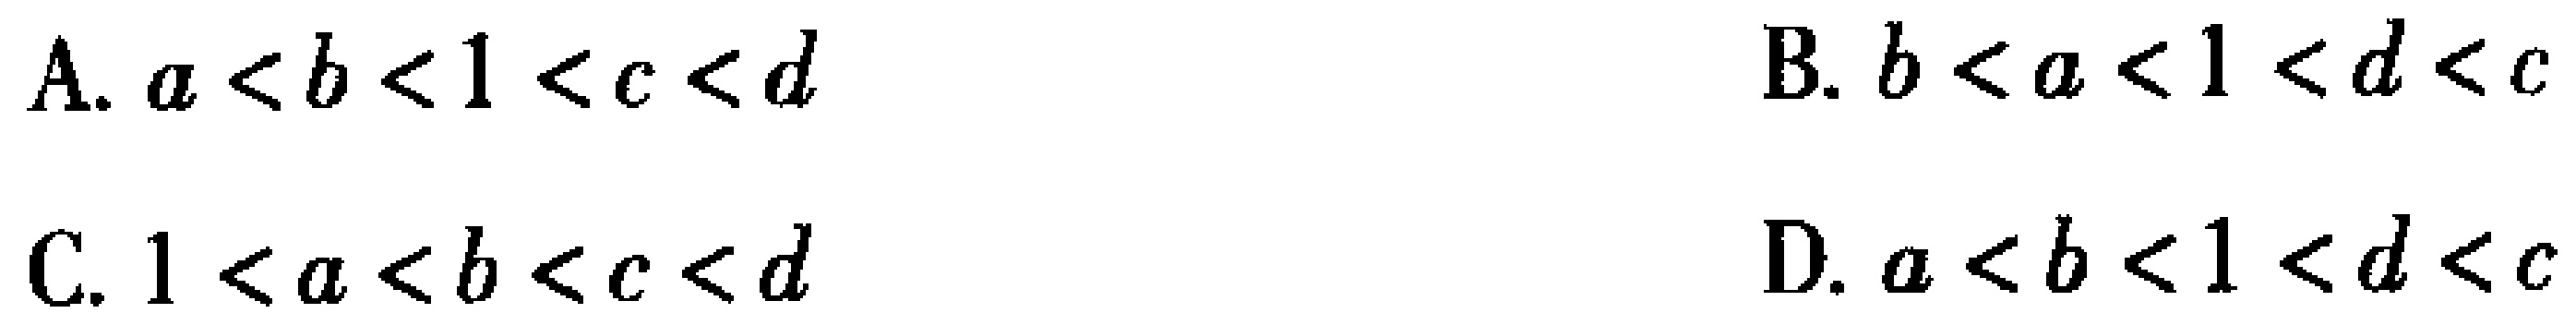
A. \(a < b < 1 < c < d\)

B. \(b < a < 1 < d < c\)

C. \(1 < a < b < c < d\)

D. \(a < b < 1 < d < c\)